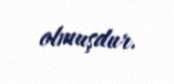
olmuşdur.